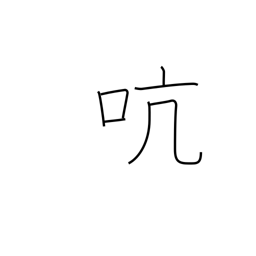
Meaning: pivot